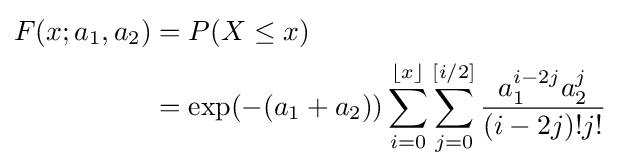
{\begin{aligned}F(x;a_{1},a_{2})&=P(X\leq x)\\&=\exp(-(a_{1}+a_{2}))\sum _{i=0}^{\lfloor x\rfloor }\sum _{j=0}^{[i/2]}{\frac {a_{1}^{i-2j}a_{2}^{j}}{(i-2j)!j!}}\end{aligned}}